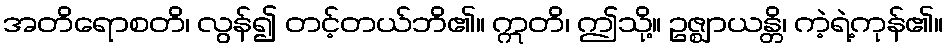
အတိရောစတိ၊ လွန်၍ တင့်တယ်ဘိ၏။ ဣတိ၊ ဤသို့။ ဥဇ္ဈာယန္တိ၊ ကဲ့ရဲ့ကုန်၏။